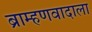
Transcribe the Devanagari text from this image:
ब्राम्हणवादाला